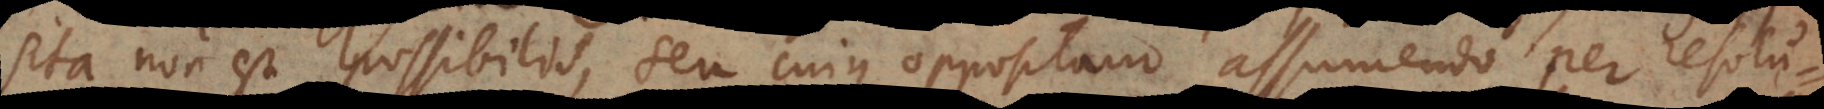
opposita non est possibilis, seu cujus oppositam assumendo per resolutio